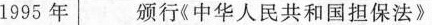
1995年 颁行《中华人民共和国担保法》